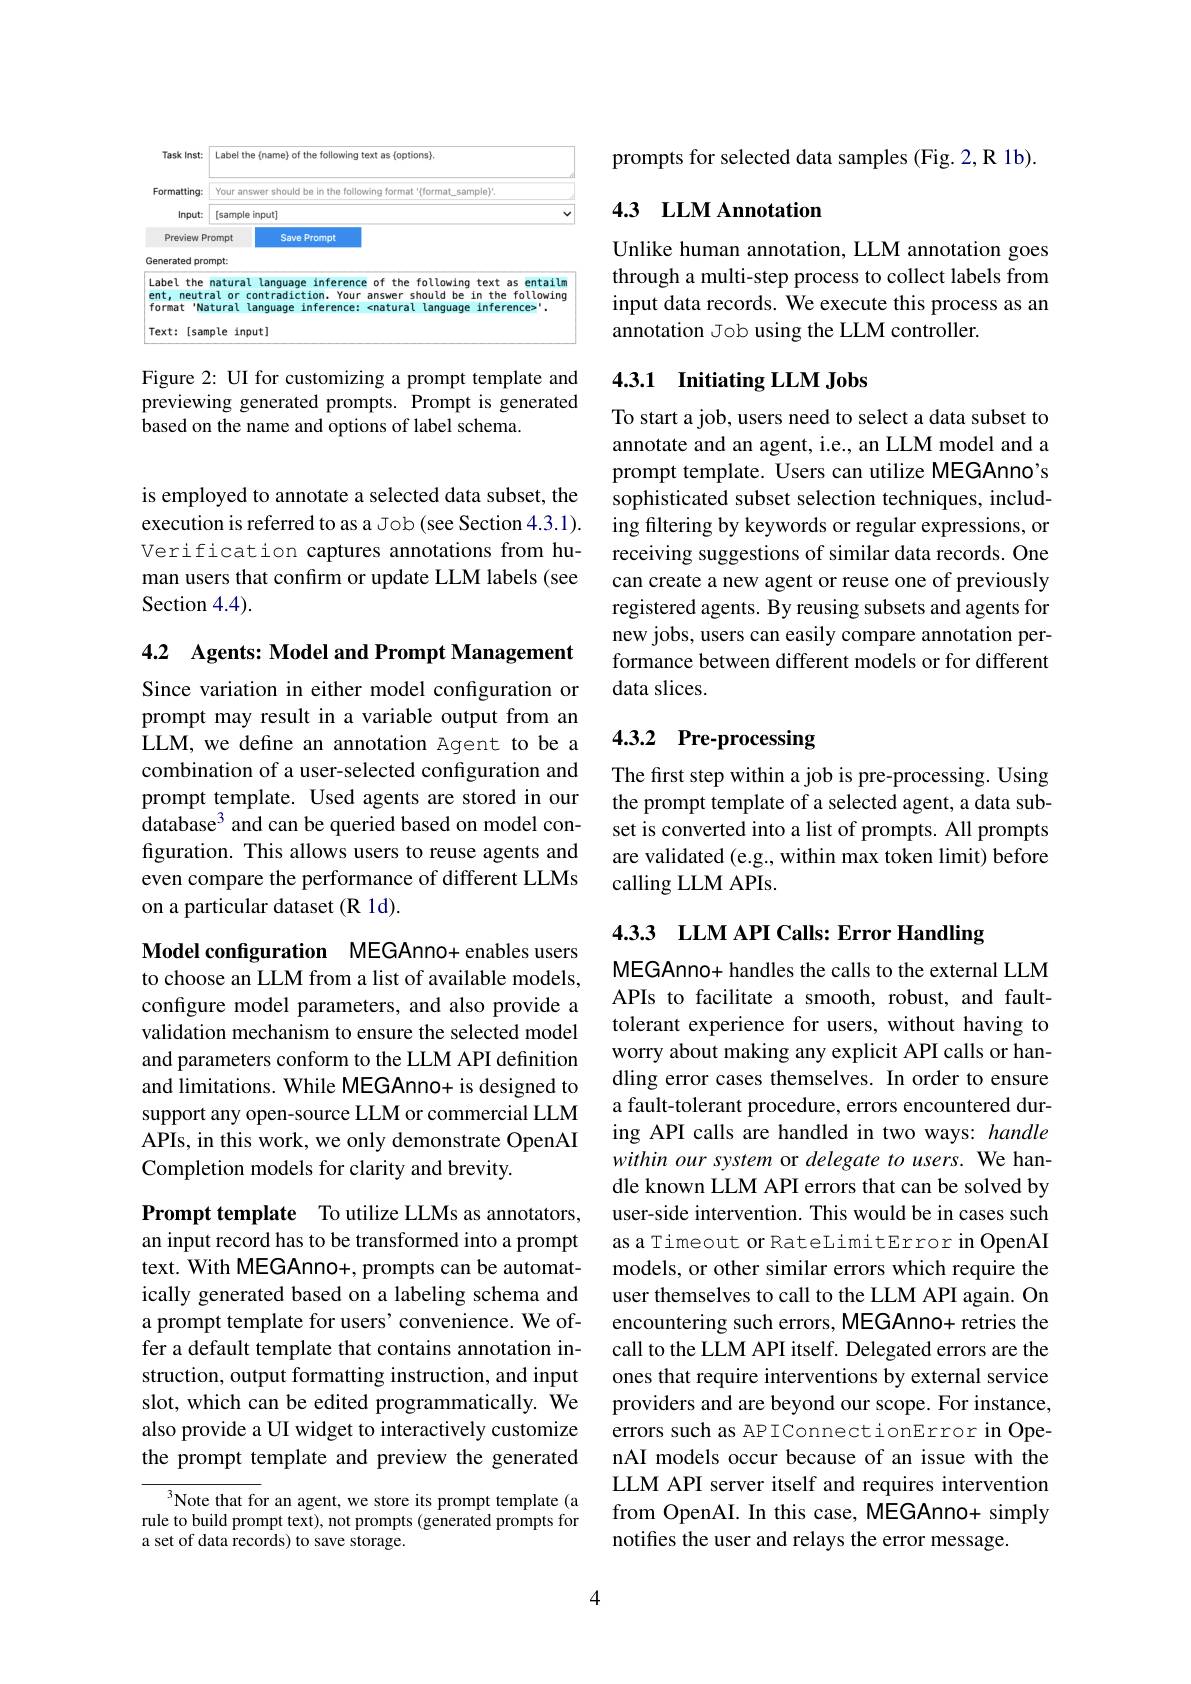
<FigureHere>

Figure 2: UI for customizing a prompt template and previewing generated prompts. Prompt is generated based on the name and options of label schema.

is employed to annotate a selected data subset, the execution is referred to as a Job (see Section 4.3.1). Verification captures annotations from human users that confirm or update LLM labels (see Section 4.4).

4.2 Agents: Model and Prompt Management

Since variation in either model configuration or prompt may result in a variable output from an LLM, we define an annotation Agent to be a combination of a user-selected configuration and prompt template. Used agents are stored in our database$^3$ and can be queried based on model configuration. This allows users to reuse agents and even compare the performance of different LLMs on a particular dataset (R 1d).

Model configuration MEGAnno+ enables users to choose an LLM from a list of available models, configure model parameters, and also provide a validation mechanism to ensure the selected model and parameters conform to the LLM API definition and limitations. While MEGAnno+ is designed to support any open-source LLM or commercial LLM APIs, in this work, we only demonstrate OpenAI Completion models for clarity and brevity.

Prompt template To utilize LLMs as annotators, an input record has to be transformed into a prompt text. With MEGAnno+, prompts can be automatically generated based on a labeling schema and a prompt template for users'convenience. We offer a default template that contains annotation instruction, output formatting instruction, and input slot, which can be edited programmatically. We also provide a UI widget to interactively customize the prompt template and preview the generated

Note that for an agent, we store its prompt template (a rule to build prompt text), not prompts (generated prompts for a set of data records) to save storage.

prompts for selected data samples (Fig. 2, R 1b).

## 4.3 LLM Annotation

Unlike human annotation, LLM annotation goes through a multi-step process to collect labels from input data records. We execute this process as an annotation Job using the LLM controller.

## 4.3.1 Initiating LLM Jobs

To start a job, users need to select a data subset to annotate and an agent, i.e., an LLM model and a prompt template. Users can utilize MEGAnno's sophisticated subset selection techniques, including filtering by keywords or regular expressions, or receiving suggestions of similar data records. One can create a new agent or reuse one of previously registered agents. By reusing subsets and agents for new jobs, users can easily compare annotation performance between different models or for different data slices.

# 4.3.2 Pre-processing

The first step within a job is pre-processing. Using the prompt template of a selected agent, a data subset is converted into a list of prompts. All prompts are validated (e.g., within max token limit) before calling LLM APIs.

4.3.3 LLM API Calls: Error Handling

MEGAnno+ handles the calls to the external LLM APIs to facilitate a smooth, robust, and faulttolerant experience for users, without having to worry about making any explicit API calls or handling error cases themselves. In order to ensure a fault-tolerant procedure, errors encountered during API calls are handled in two ways: handle within our system or delegate to users. We handle known LLM API errors that can be solved by user-side intervention. This would be in cases such as a Timeout or RateLimitError in OpenAI models, or other similar errors which require the user themselves to call to the LLM API again. On encountering such errors, MEGAnno+ retries the call to the LLM API itself. Delegated errors are the ones that require interventions by external service providers and are beyond our scope. For instance, errors such as APIConnectionError in OpenAI models occur because of an issue with the LLM API server itself and requires intervention from OpenAI. In this case, MEGAnno+ simply notifies the user and relays the error message.

4